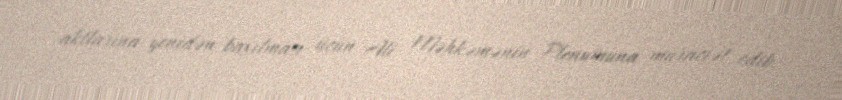
aktlarına yenidən baxılması üçün Ali Məhkəmənin Plenumuna müraciət edib.